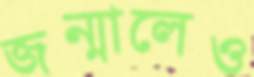
জন্মালেও